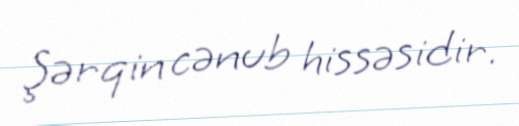
Şərqin cənub hissəsidir.